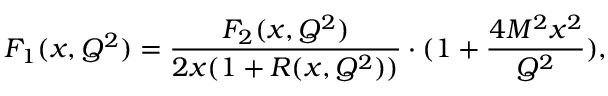
F _ { 1 } ( x , Q ^ { 2 } ) = \frac { F _ { 2 } ( x , Q ^ { 2 } ) } { 2 x ( 1 + R ( x , Q ^ { 2 } ) ) } \cdot ( 1 + \frac { 4 M ^ { 2 } x ^ { 2 } } { Q ^ { 2 } } ) ,